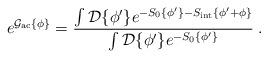
LaTeX: \begin{align*}e^{ {\cal{G}}_{\rm ac} \{ {\phi}\} } = \frac{\int {\cal{D}} \{\phi^{\prime} \} e^{ - S_0 \{\phi^{\prime} \} - S_{\rm int} \{ \phi^{\prime} + {\phi } \} }}{ \int {\cal{D}} \{\phi^{\prime} \} e^{ - S_0 \{\phi^{\prime} \} } } \; .\end{align*}